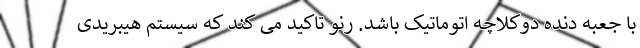
با جعبه دنده دوکلاچه اتوماتیک باشد. رنو تاکید می کند که سیستم هیبریدی